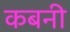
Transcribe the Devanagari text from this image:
कबनी